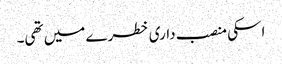
اسکی منصب داری خطرے میں تھی۔